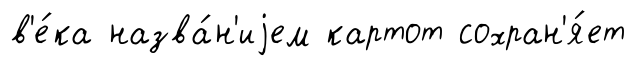
в'е́ка назва́н'иjем картот сохран'я́ет